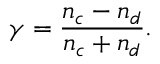
\gamma = \frac { n _ { c } - n _ { d } } { n _ { c } + n _ { d } } .